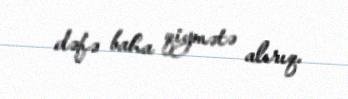
dəfə baha qiymətə alırıq.